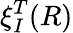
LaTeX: \mathbf{\xi}_{I}^{T}(R)